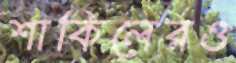
শাকিলেরও